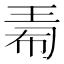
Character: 𪻟